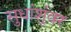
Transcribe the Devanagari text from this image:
सुधांशूंवर